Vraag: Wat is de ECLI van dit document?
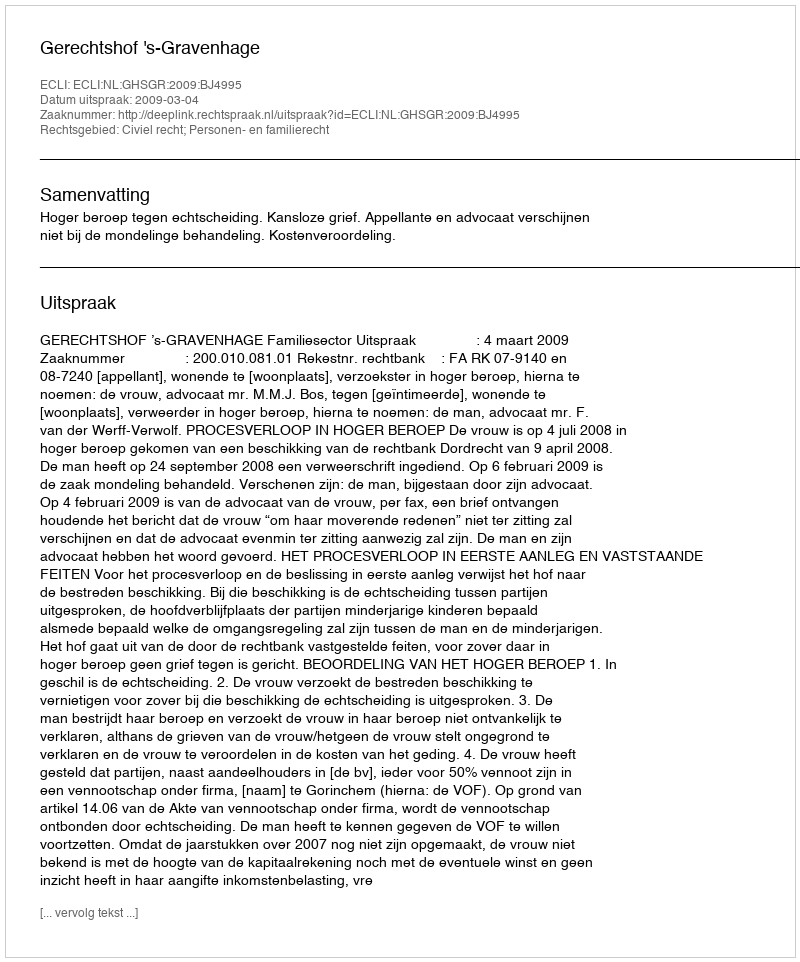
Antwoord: ECLI:NL:GHSGR:2009:BJ4995